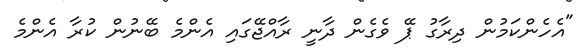
"އެހެންކަމުން ދިރާގު ޕޭ ވެގެން ދާނީ ރާއްޖޭގައި އެންމެ ބޭނުން ކުރާ އެންމެ